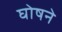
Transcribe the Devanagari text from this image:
घोषने